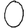
Digit: 0